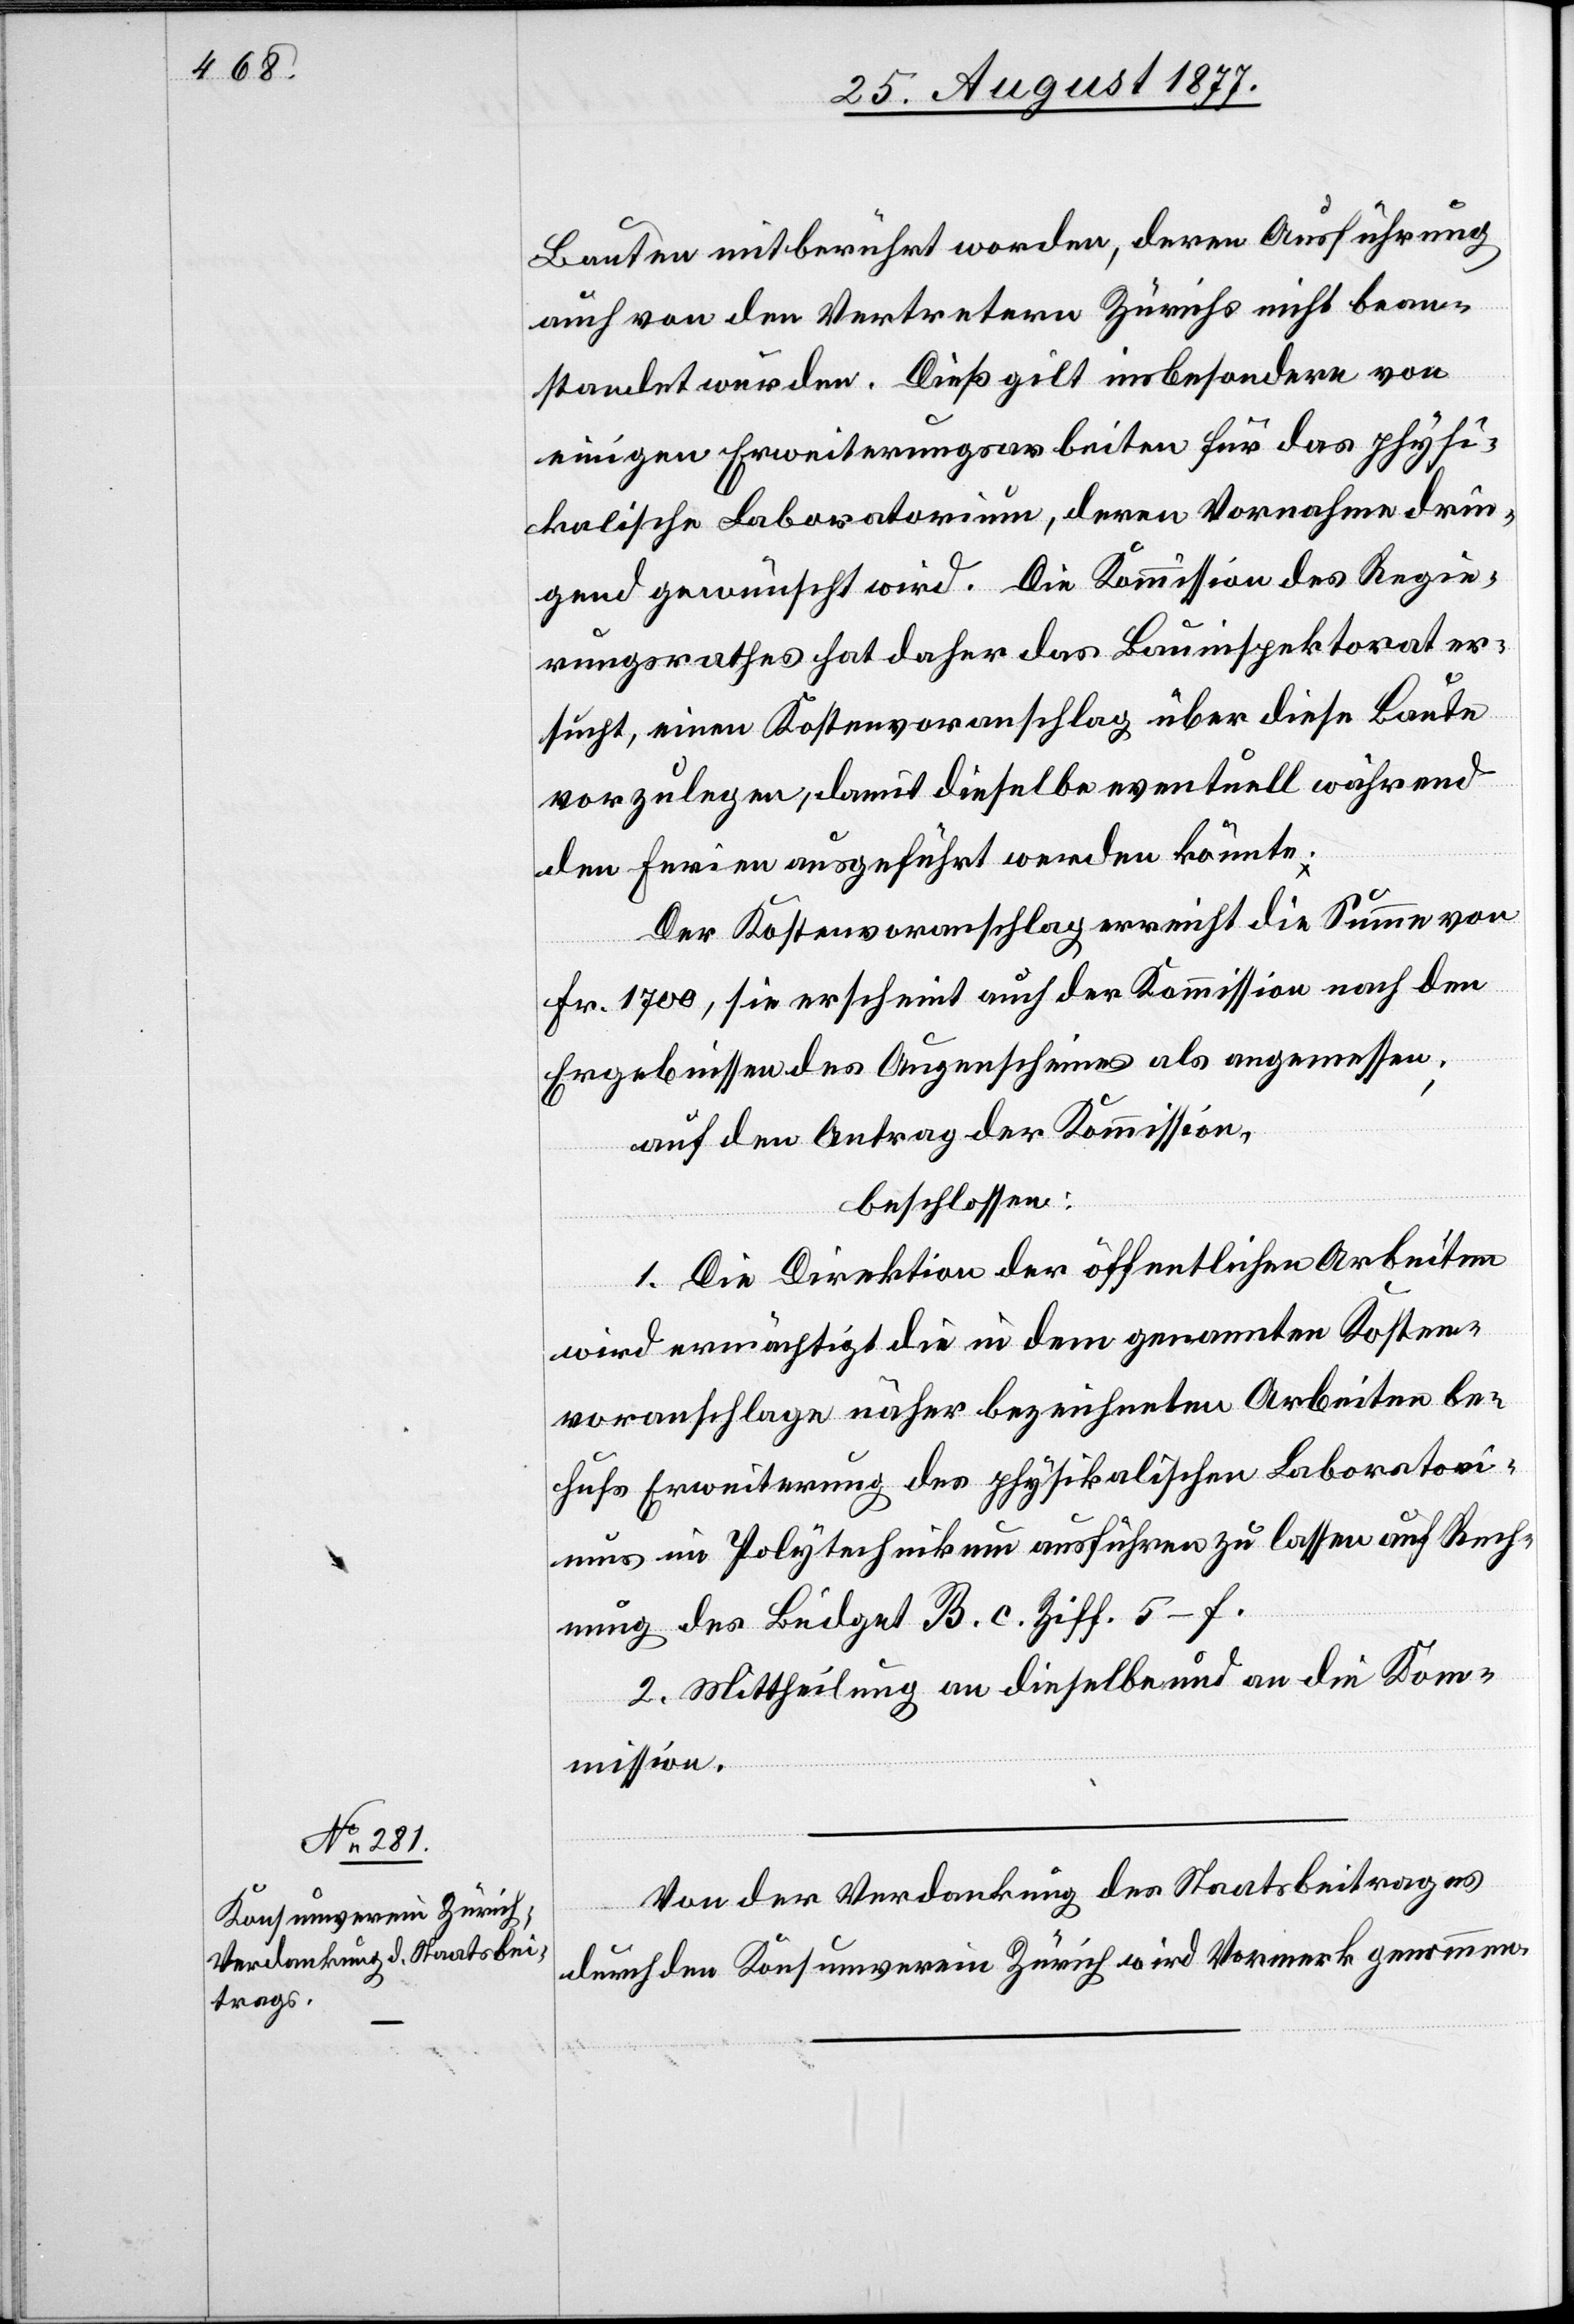
Bauten mitberührt worden, deren Ausführung
auch von den Vertretern Zürichs nicht bean¬
standet wurden. Dieß gilt insbesondere von
einigen Erweiterungsarbeiten für das physi¬
kalische Laboratorium, deren Vornahme drin¬
gend gewünscht wird. Die Kommission des Regie¬
rungsrathes hat daher das Bauinspektorat er¬
sucht, einen Kostenvoranschlag über diese Baute
vorzulegen, damit dieselbe eventuell während
den Ferien ausgeführt werden könnte.
Der Kostenvoranschlag erreicht die Summe von
Fr. 1700, sie erscheint auch der Kommission nach den
Ergebnissen des Augenscheines als angemessen;
auf den Antrag der Kommission,
beschlossen:
1. Die Direktion der öffentlichen Arbeiten
wird ermächtigt die in dem genannten Kosten¬
voranschlage näher bezeichneten Arbeiten be¬
hufs Erweiterung des physikalischen Laboratori¬
ums im Polytechnikum ausführen zu lassen auf Rech¬
nung des Büdget B. c. Ziff. 5–f.
2. Mittheilung an dieselbe und an die Kom¬
mission.
Von der Verdankung des Staatsbeitrages
durch den Konsumverein Zürich wird Vormerk genommen.